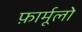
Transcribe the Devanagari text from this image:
फ़ार्मूलो